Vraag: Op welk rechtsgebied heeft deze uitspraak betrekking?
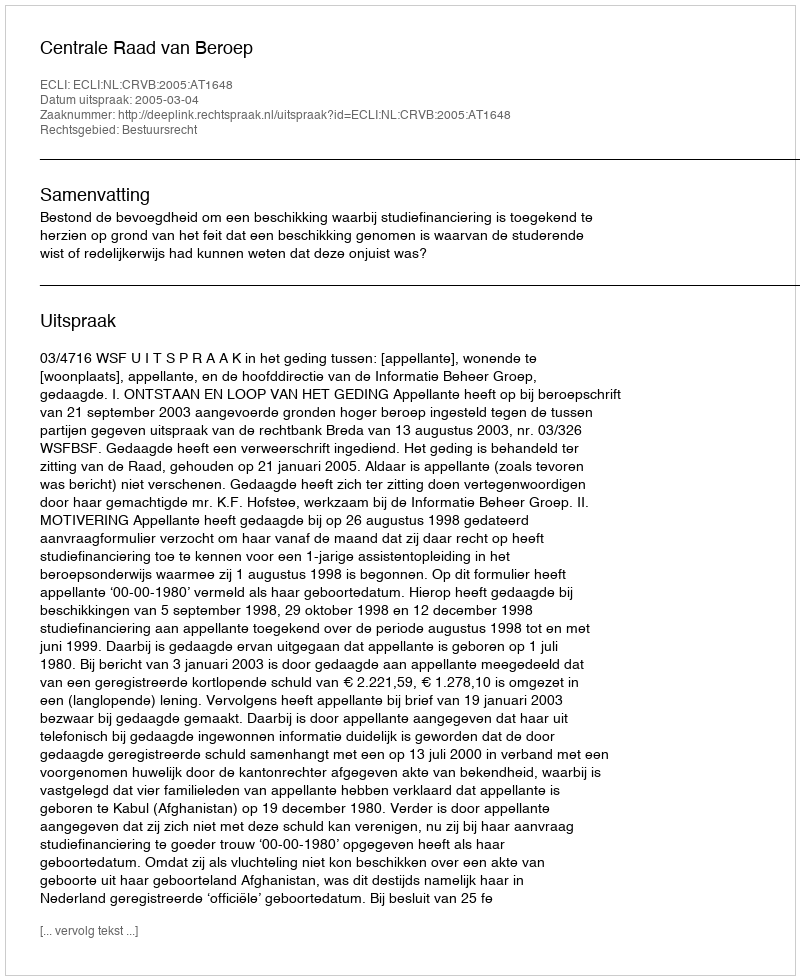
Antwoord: Bestuursrecht